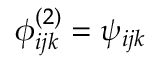
\phi _ { i j k } ^ { ( 2 ) } = \psi _ { i j k }